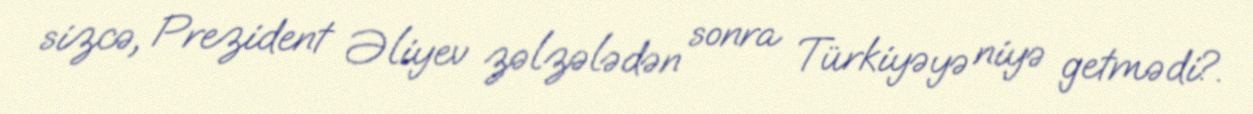
sizcə, Prezident Əliyev zəlzələdən sonra Türkiyəyə niyə getmədi?.